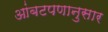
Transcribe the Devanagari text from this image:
आंबटपणानुसार